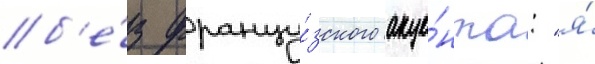
б'е́з францу́зского акце́нта: "я́